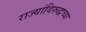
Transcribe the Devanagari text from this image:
राज्यांविरुद्धच्या